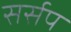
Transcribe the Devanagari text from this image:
सर्सप